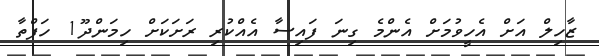
ޒާހިލް އަށް އެހީވުމަށް އެންމެ ގިނަ ފައިސާ އެއްކުރި ރަށަކަށް ހިމަންދޫ1 ހަފްތާ